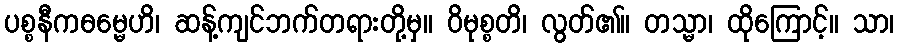
ပစ္စနီကဓမ္မေဟိ၊ ဆန့်ကျင်ဘက်တရားတို့မှ။ ဝိမုစ္စတိ၊ လွတ်၏။ တသ္မာ၊ ထိုကြောင့်။ သာ၊